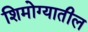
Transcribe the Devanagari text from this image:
शिमोग्यातील